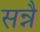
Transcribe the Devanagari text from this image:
सन्नै